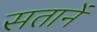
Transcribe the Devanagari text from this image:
सतानें